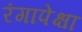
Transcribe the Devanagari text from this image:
रंगापेक्षा